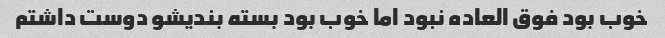
خوب بود فوق العاده نبود اما خوب بود بسته بندیشو دوست داشتم